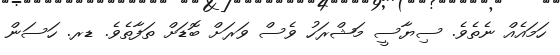
ހަމައެއް ނެތެވެ. ސިޔާސީ މަޝްރަހު ވެސް ވަރަށް ބޮޑަށް ތަފާތެވެ. ޑރ. ހަސަން